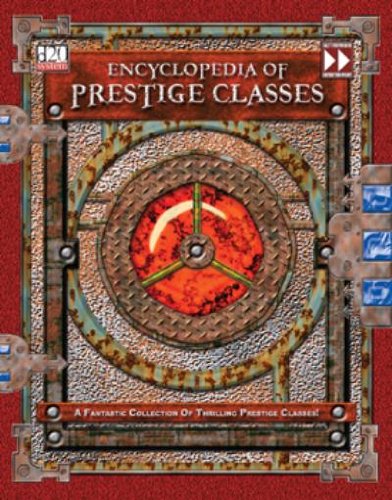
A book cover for Encyclopedia of Prestige Classes: A Fantastic Collection of Thrilling Prestige Classes! (D20); Reference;